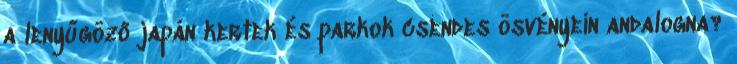
a lenyűgöző japán kertek és parkok csendes ösvényein andalogna?